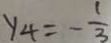
y _ { 4 } = - \frac { 1 } { 3 }